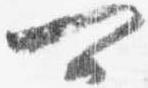
可